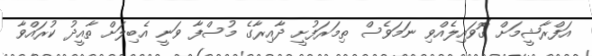
އަފްރާޝީމަށް ގޮވައިލެއްވި ނަމަވެސް ތިމަރަފުށީ ދާއިރާގެ މުސްފާ ވަނީ އެބިލަށް ތާއީދު ކުރައްވާ